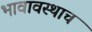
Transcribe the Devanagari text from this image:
भावावस्थाच